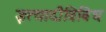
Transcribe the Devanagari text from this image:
इत्यादीविविध